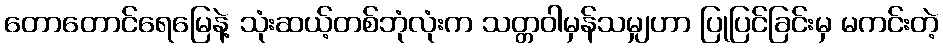
တောတောင်ရေမြေနဲ့ သုံးဆယ့်တစ်ဘုံလုံးက သတ္တဝါမှန်သမျှဟာ ပြုပြင်ခြင်းမှ မကင်းတဲ့